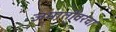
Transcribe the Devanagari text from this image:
जमातींवरचा